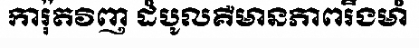
ការ៉ុតវិញ ដំបូលគឺមានភាពរឹងមាំ